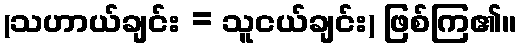
(သဟာယ်ချင်း = သူငယ်ချင်း) ဖြစ်ကြ၏။